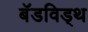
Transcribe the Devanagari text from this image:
बॅडविड्थ